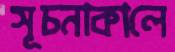
সূচনাকালে